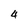
Character: 4